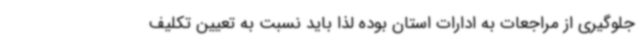
جلوگیری از مراجعات به ادارات استان بوده لذا باید نسبت به تعیین تکلیف